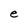
Character: e